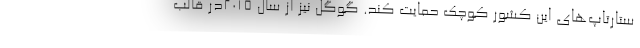
ستارتاپ‌های این کشور کوچک حمایت کند. گوگل نیز از سال ۲۰۱۵در قالب